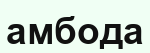
амбода